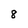
Character: 8